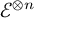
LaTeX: { \mathcal { E } } ^ { \otimes n }